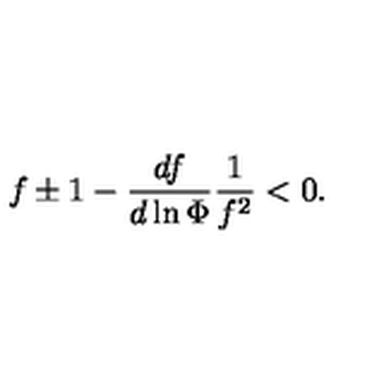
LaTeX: { f \pm 1 - { \frac { d f } { d \ln \Phi } } { \frac { 1 } { f ^ { 2 } } } < 0 . }